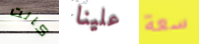
كانت علينا سعة